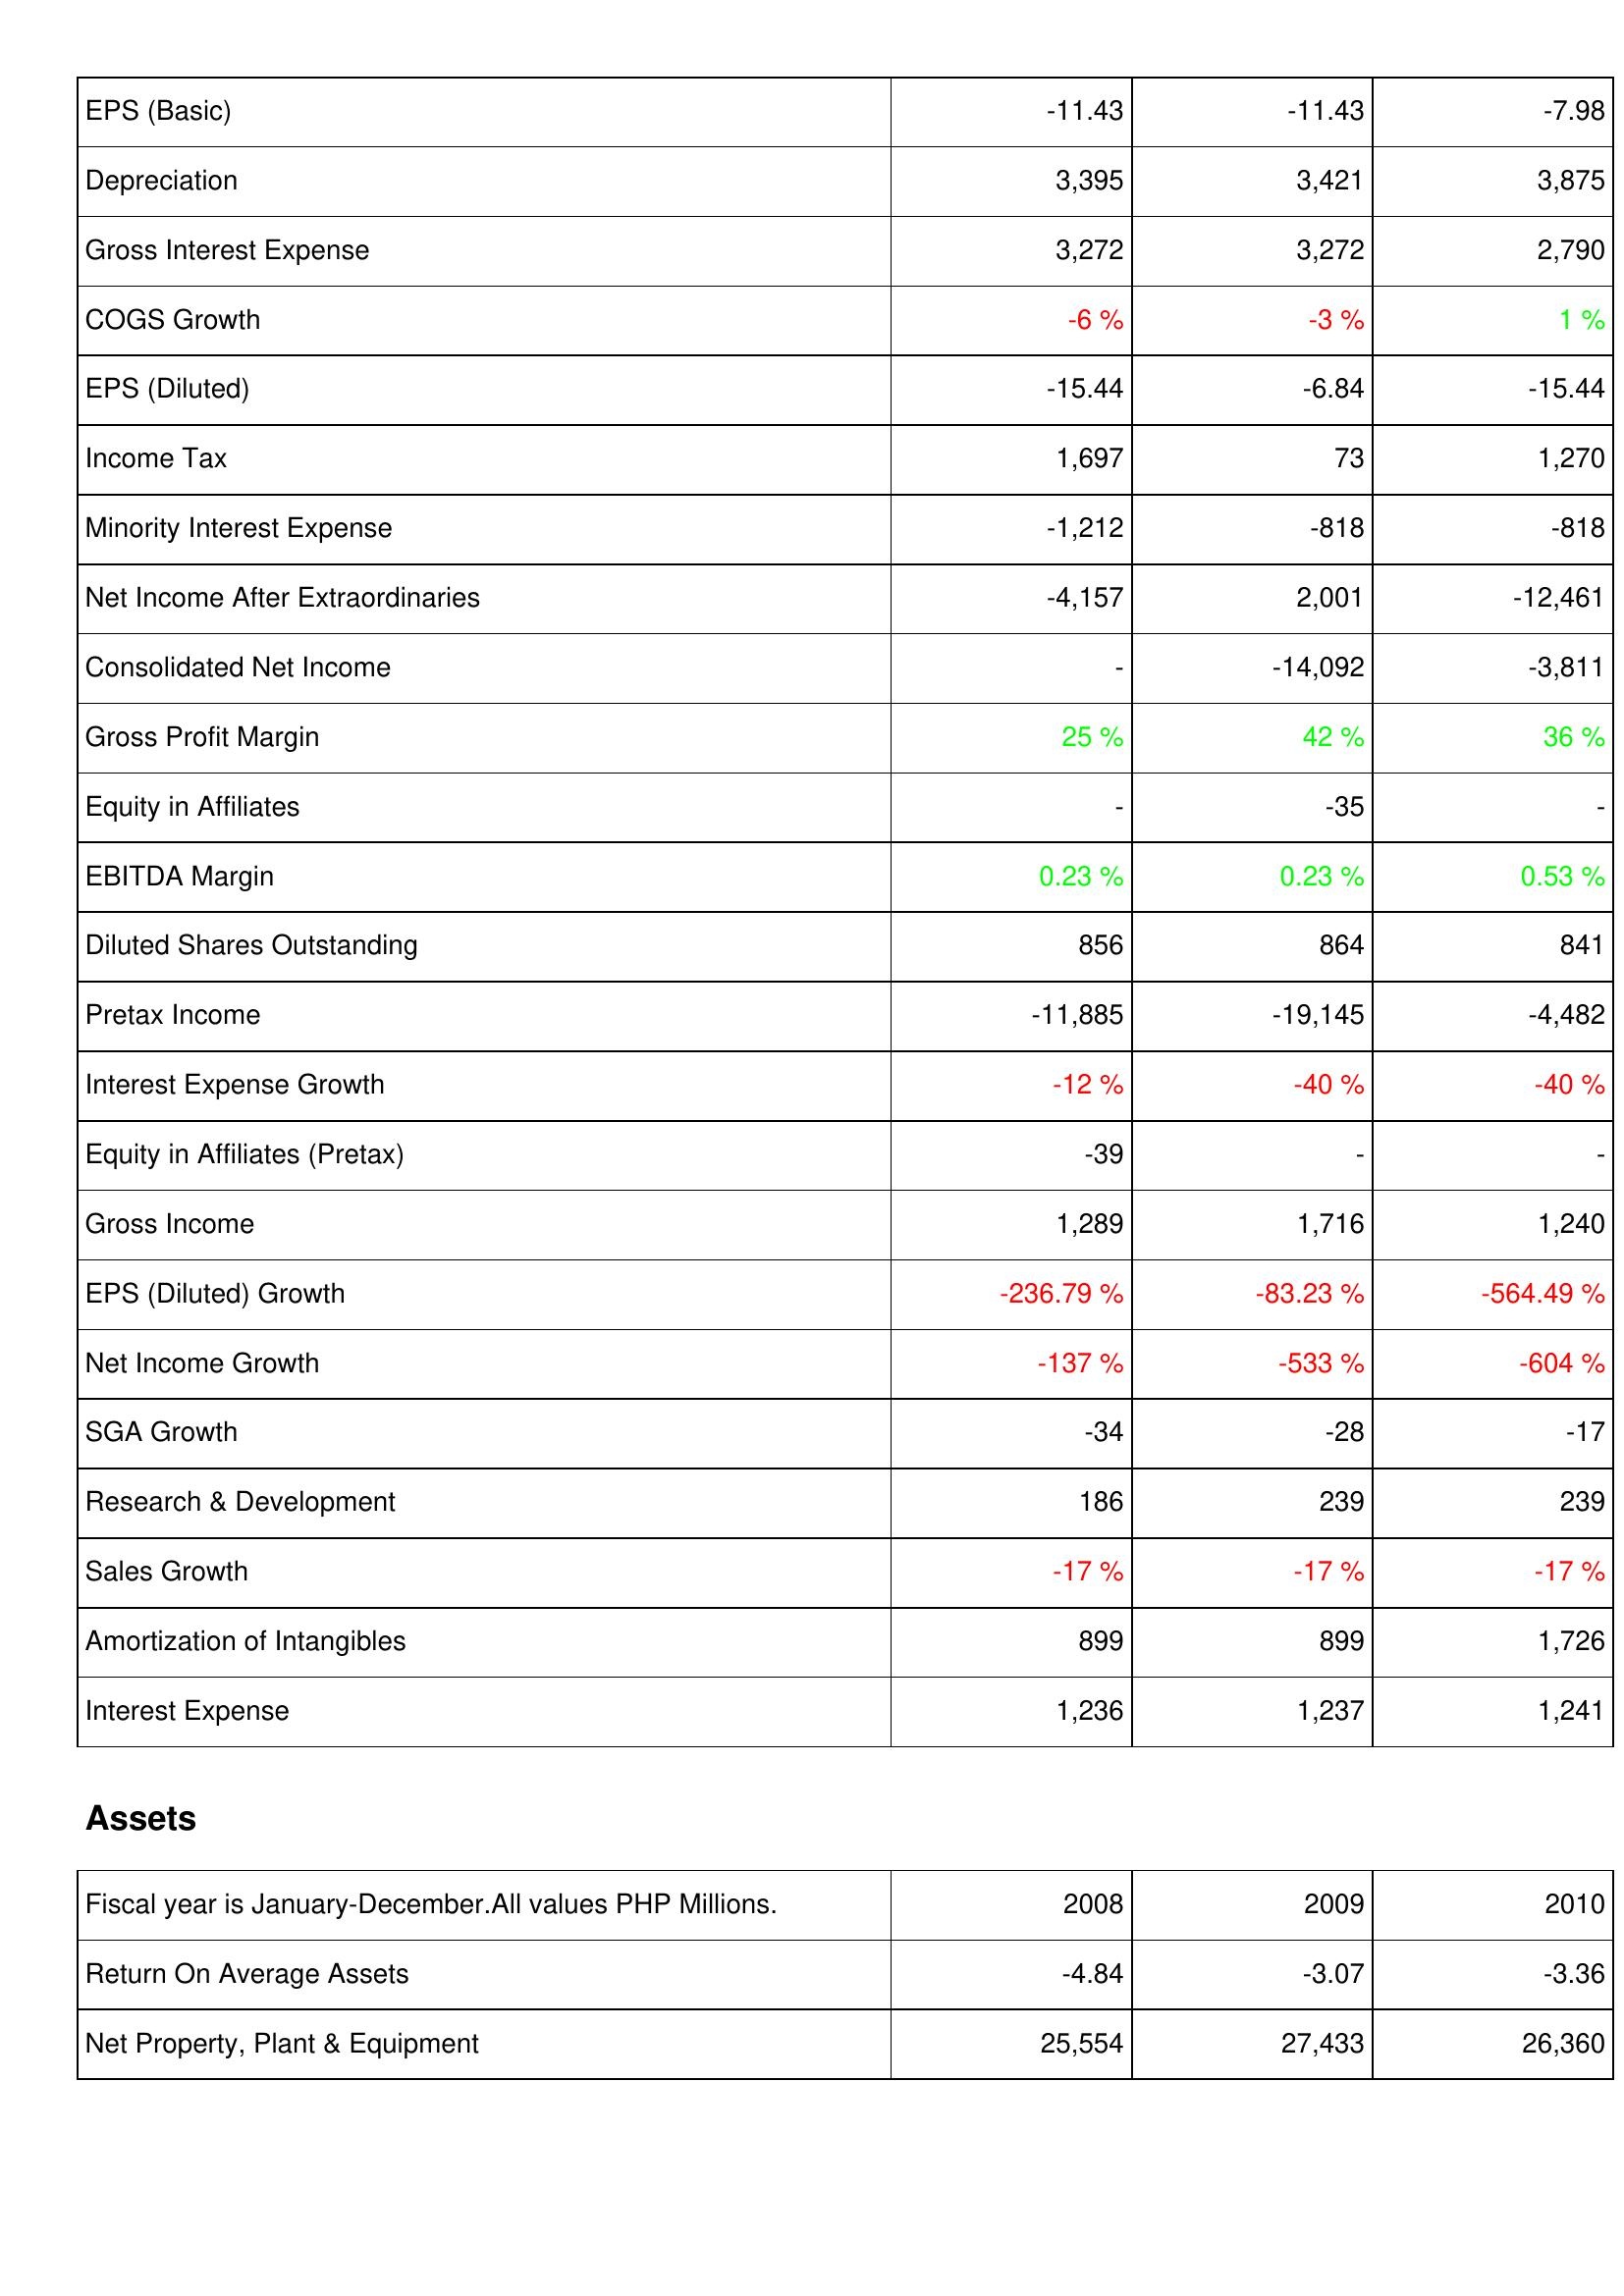
2008: Income Statement: EPS (Basic): -11.43
Depreciation: 3,395
Gross Interest Expense: 3,272
COGS Growth: -6 %
EPS (Diluted): -15.44
Income Tax: 1,697
Minority Interest Expense: -1,212
Net Income After Extraordinaries: -4,157
Consolidated Net Income: -
Gross Profit Margin: 25 %
Equity in Affiliates: -
EBITDA Margin: 0.23 %
Diluted Shares Outstanding: 856
Pretax Income: -11,885
Interest Expense Growth: -12 %
Equity in Affiliates (Pretax): -39
Gross Income: 1,289
EPS (Diluted) Growth: -236.79 %
Net Income Growth: -137 %
SGA Growth: -34
Research & Development: 186
Sales Growth: -17 %
Amortization of Intangibles: 899
Interest Expense: 1,236
Assets: Return On Average Assets: -4.84
Net Property, Plant & Equipment: 25,554
2009: Income Statement: EPS (Basic): -11.43
Depreciation: 3,421
Gross Interest Expense: 3,272
COGS Growth: -3 %
EPS (Diluted): -6.84
Income Tax: 73
Minority Interest Expense: -818
Net Income After Extraordinaries: 2,001
Consolidated Net Income: -14,092
Gross Profit Margin: 42 %
Equity in Affiliates: -35
EBITDA Margin: 0.23 %
Diluted Shares Outstanding: 864
Pretax Income: -19,145
Interest Expense Growth: -40 %
Equity in Affiliates (Pretax): -
Gross Income: 1,716
EPS (Diluted) Growth: -83.23 %
Net Income Growth: -533 %
SGA Growth: -28
Research & Development: 239
Sales Growth: -17 %
Amortization of Intangibles: 899
Interest Expense: 1,237
Assets: Return On Average Assets: -3.07
Net Property, Plant & Equipment: 27,433
2010: Income Statement: EPS (Basic): -7.98
Depreciation: 3,875
Gross Interest Expense: 2,790
COGS Growth: 1 %
EPS (Diluted): -15.44
Income Tax: 1,270
Minority Interest Expense: -818
Net Income After Extraordinaries: -12,461
Consolidated Net Income: -3,811
Gross Profit Margin: 36 %
Equity in Affiliates: -
EBITDA Margin: 0.53 %
Diluted Shares Outstanding: 841
Pretax Income: -4,482
Interest Expense Growth: -40 %
Equity in Affiliates (Pretax): -
Gross Income: 1,240
EPS (Diluted) Growth: -564.49 %
Net Income Growth: -604 %
SGA Growth: -17
Research & Development: 239
Sales Growth: -17 %
Amortization of Intangibles: 1,726
Interest Expense: 1,241
Assets: Return On Average Assets: -3.36
Net Property, Plant & Equipment: 26,360